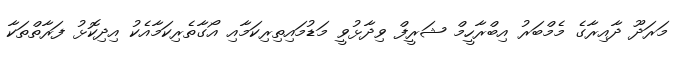
މަރަދޫ ދާއިރާގެ މެމްބަރު އިބްރާހީމް ޝަރީފް ވިދާޅުވީ މަޑުމައިތިރިކަމާއި އޯގާތެރިކަމާއެކު އިދިކޮޅު ފަރާތްތަކާ